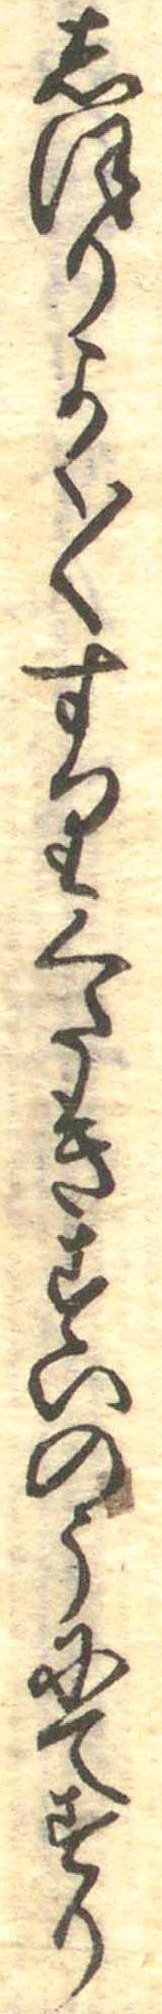
しほりよく〱すりくたきすいのうにてすり